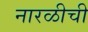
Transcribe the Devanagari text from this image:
नारळीची